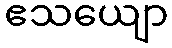
ဧသယျော